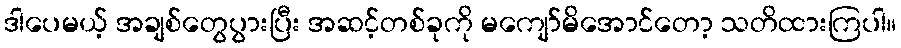
ဒါပေမယ့် အချစ်တွေပွားပြီး အဆင့်တစ်ခုကို မကျော်မိအောင်တော့ သတိထားကြပါ။